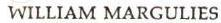
 WILLIAM MARGULIES